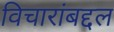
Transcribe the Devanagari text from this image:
विचारांबद्दल